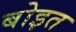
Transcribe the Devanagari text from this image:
बोइत